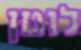
לוטן